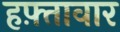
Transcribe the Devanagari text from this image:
हफ़्तावार